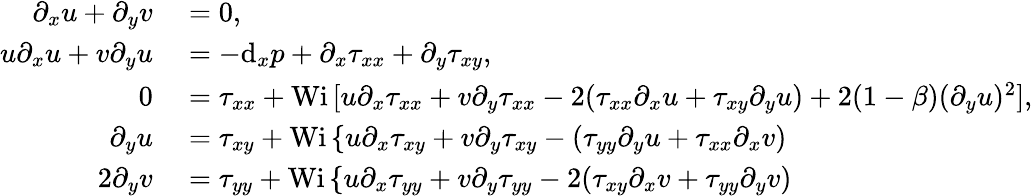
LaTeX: \begin{array}{rl}{\partial_{x}u+\partial_{y}v}&{{}=0,}\\ {u\partial_{x}u+v\partial_{y}u}&{{}=-\textrm{d}_{x}p+\partial_{x}\tau_{xx}+\partial_{y}\tau_{xy},}\\ {0}&{{}=\tau_{xx}+\textrm{Wi}\, [u\partial_{x}\tau_{xx}+v\partial_{y}\tau_{xx}-2(\tau_{xx}\partial_{x}u+\tau_{xy}\partial_{y}u)+2(1-\beta)(\partial_{y}u)^{2}],}\\ {\partial_{y}u}&{{}=\tau_{xy}+\textrm{Wi}\, \{ u\partial_{x}\tau_{xy}+v\partial_{y}\tau_{xy}-(\tau_{yy}\partial_{y}u+\tau_{xx}\partial_{x}v)}\\ {2\partial_{y}v}&{{}=\tau_{yy}+\textrm{Wi}\, \{ u\partial_{x}\tau_{yy}+v\partial_{y}\tau_{yy}-2(\tau_{xy}\partial_{x}v+\tau_{yy}\partial_{y}v)}\end{array}